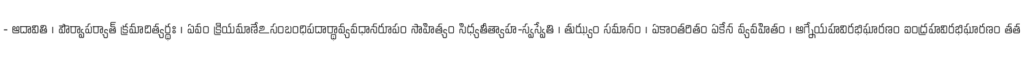
- ఆదావితి । పౌర్వాపర్యాత్ క్రమాదిత్యర్థః । ఏవం క్రియమాణేఽసంబంధిపదార్థావ్యవధానరూపం సాహిత్యం సిధ్యతీత్యాహ-స్వస్వేతి । తుఝ్యం సమానం । ఏకాంతరితం ఏకేన వ్యవహితం । ఆగ్నేయహవిరభిఘారణం ఐంద్రహవిరభిఘారణం తత